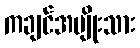
ကချင်အမျိုးသား